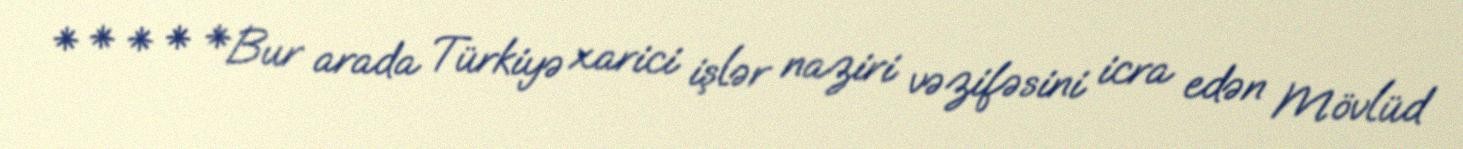
* * * * *Bur arada Türkiyə xarici işlər naziri vəzifəsini icra edən Mövlüd